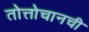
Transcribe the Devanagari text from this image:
तोत्तोचानची